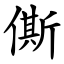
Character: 㒋